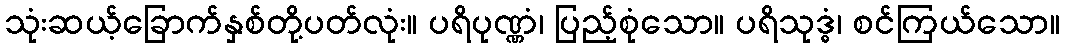
သုံးဆယ့်ခြောက်နှစ်တို့ပတ်လုံး။ ပရိပုဏ္ဏံ၊ ပြည့်စုံသော။ ပရိသုဒ္ဓံ၊ စင်ကြယ်သော။